Problem: 23 + 35 = ?
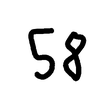
Handwritten answer: 58